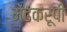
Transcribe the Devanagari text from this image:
मेंढकरूपी